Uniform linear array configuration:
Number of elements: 8
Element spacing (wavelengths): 0.25
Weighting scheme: blackman
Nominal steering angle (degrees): -15
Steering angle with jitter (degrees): -14.072
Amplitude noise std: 0.05
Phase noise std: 0.05

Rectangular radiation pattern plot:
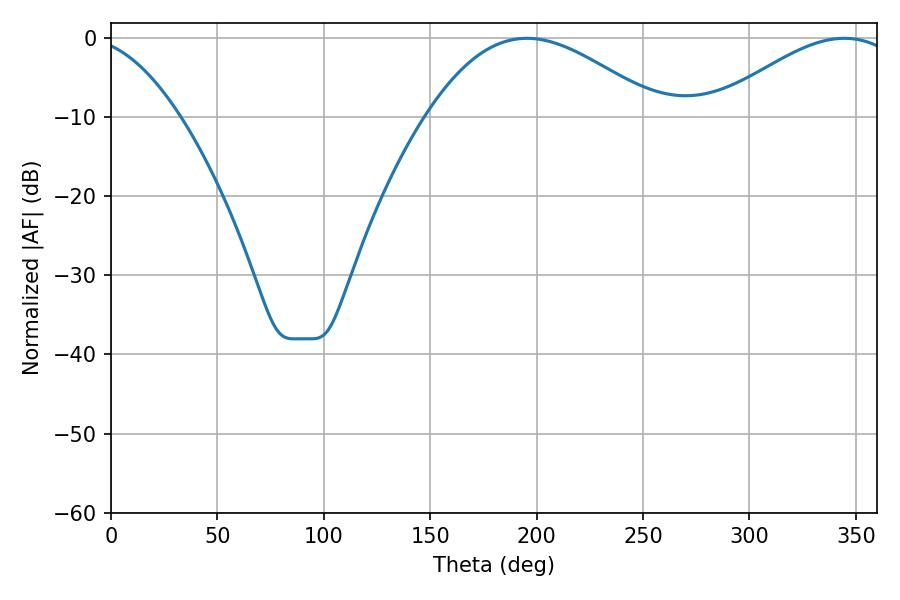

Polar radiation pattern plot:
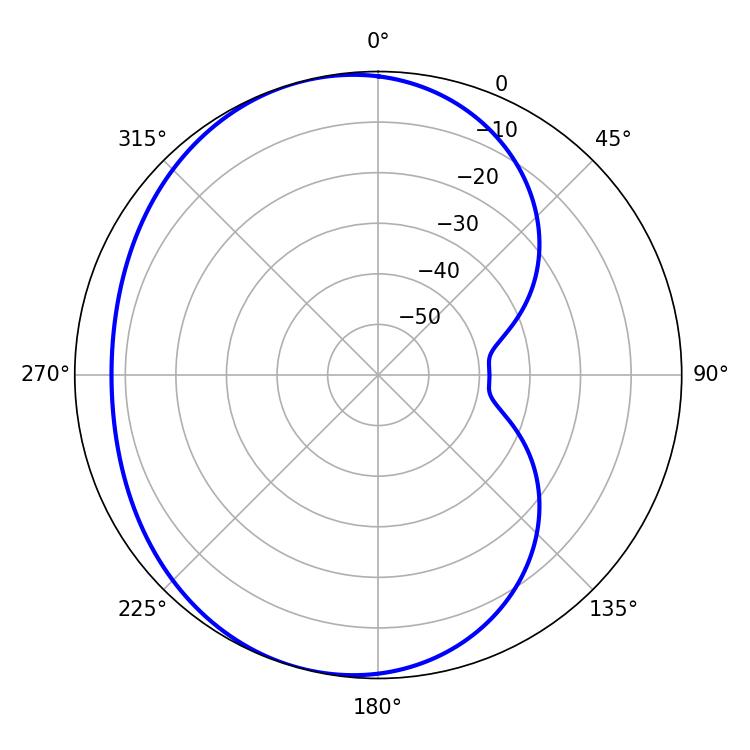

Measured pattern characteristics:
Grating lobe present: FALSE
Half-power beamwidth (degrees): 59.4
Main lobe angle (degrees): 195.48